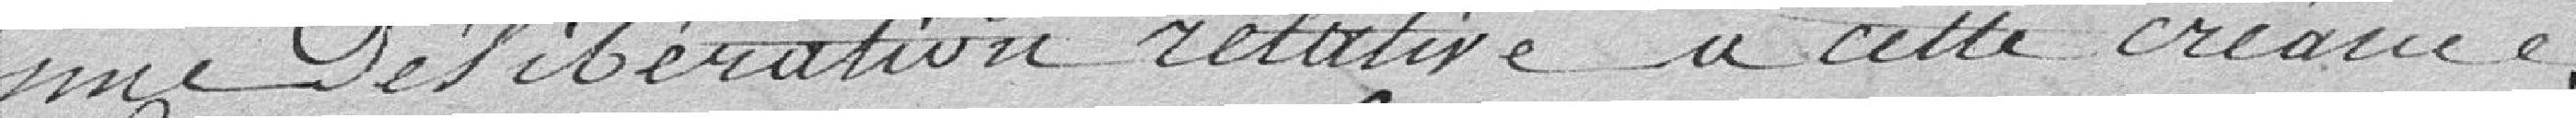
une délibération relative à cette créance.